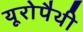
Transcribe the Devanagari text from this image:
यूरोपैथी